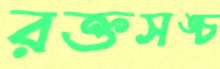
রক্তসঙ্চ